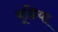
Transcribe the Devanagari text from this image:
बूडिया